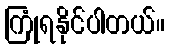
ကြုံရနိုင်ပါတယ်။